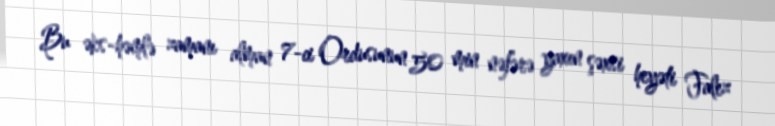
Bu əks-həmlə zamanı alman 7-ci Ordusunun 50 min nəfərə yaxın şəxsi heyəti Falez